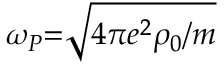
\omega _ { P } { = } \sqrt { 4 \pi e ^ { 2 } \rho _ { 0 } / m }